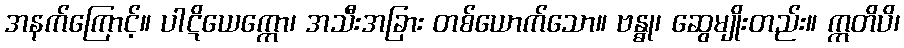
အနက်ကြောင့်။ ပါဋိယေက္ကော၊ အသီးအခြား တစ်ယောက်သော။ ဗန္ဓု၊ ဆွေမျိုးတည်း။ ဣတိပိ၊